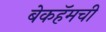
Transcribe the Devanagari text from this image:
बेकहॅमची